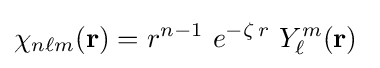
\chi _{n\ell m}({\mathbf {r} })=r^{n-1}~e^{-\zeta \,r}~Y_{\ell }^{m}({\mathbf {r} })~